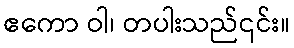
ဧကော ဝါ၊ တပါးသည်၎င်း။